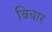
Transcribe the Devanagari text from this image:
बिचार